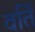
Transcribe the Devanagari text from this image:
वर्ति